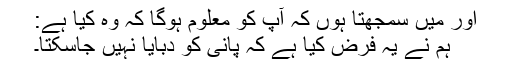
اور میں سمجھتا ہوں کہ آپ کو معلوم ہوگا کہ وہ کیا ہے:
ہم نے یہ فرض کیا ہے کہ پانی کو دبایا نہیں جاسکتا۔